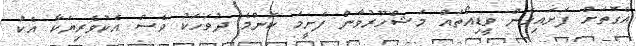
އެގޮތަށް ފަށައިގެން ވީޑިއޯތައް މަޝްހޫރުވާން ފެށީމަ ކޮންމެ ދުވަހަކު ވެސް އެކުވެރިޔަކާ އެކު